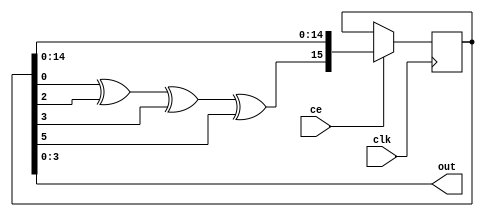
module RandomNumber(clk, ce, out);
  
  
  input clk;
  input ce;
  
  output [3:0] out = state[3:0];
  
  reg [15:0] state = 16'hACE1;
  
  wire next = state[0] ^ state[2] ^ state[3] ^ state[5]; 
  
  always @(posedge clk) begin
    if (ce) begin
      state <= {next, state[14:0]};
    end
  end
  
  
endmodule